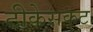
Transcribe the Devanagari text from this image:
टीकेसकट